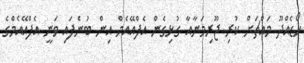
ހޯޑެއްދޫ މައްޗަށް ކުރި ޖޫރިމަނާއާ ގުޅިގެން އެފްއޭއެމް އިން ބުނެފައި ވަނީ އެފްއޭއެމްގެ